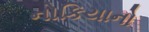
નોકિયાનો